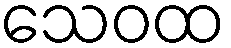
သေဝထ